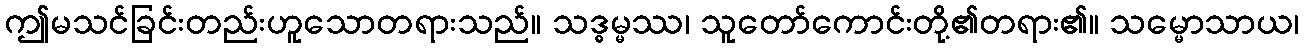
ဤမသင်ခြင်းတည်းဟူသောတရားသည်။ သဒ္ဓမ္မဿ၊ သူတော်ကောင်းတို့၏တရား၏။ သမ္မောသာယ၊